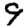
Digit: 9